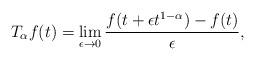
LaTeX: \begin{align*} T_\alpha f(t)= \lim_{\epsilon\rightarrow 0}\frac{f(t+ \epsilon t^{1-\alpha } )-f(t)} {\epsilon },\end{align*}